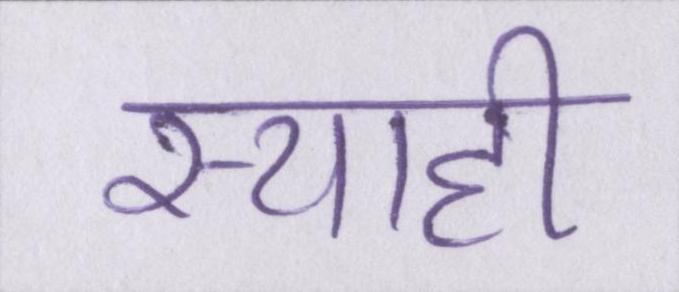
स्याही